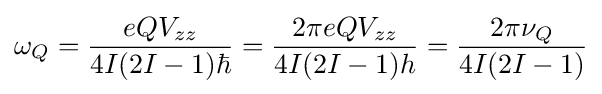
\omega _{Q}={\frac {eQV_{zz}}{4I(2I-1)\hbar }}={\frac {2\pi eQV_{zz}}{4I(2I-1)h}}={\frac {2\pi \nu _{Q}}{4I(2I-1)}}